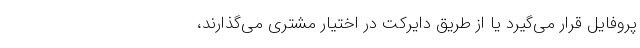
پروفایل قرار می‌گیرد یا از طریق دایرکت در اختیار مشتری می­گذارند،